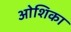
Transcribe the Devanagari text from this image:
ओशिका